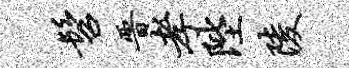
髫晋孝陛陵